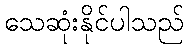
သေဆုံးနိုင်ပါသည်